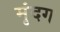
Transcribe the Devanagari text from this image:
मृंदग